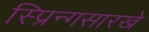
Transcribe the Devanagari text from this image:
स्प्रिन्गसारखे